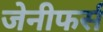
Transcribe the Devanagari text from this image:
जेनीफर्स